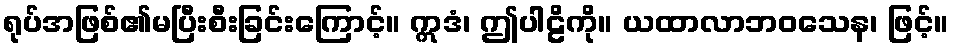
ရုပ်အဖြစ်၏မပြီးစီးခြင်းကြောင့်။ ဣဒံ၊ ဤပါဠိကို။ ယထာလာဘဝသေန၊ ဖြင့်။